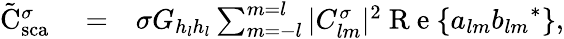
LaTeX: \begin{array}{rlr}{\tilde{\mathrm{{C}}}_{\mathrm{{sca}}}^{\sigma}}&{{}=}&{\sigma G_{h_{l}h_{l}}\sum_{m=-l}^{m=l}|C_{lm}^{\sigma}|^{2}\mathrm{~R~e~}\{ a_{lm}{b_{lm}}^{*}\} ,}\end{array}